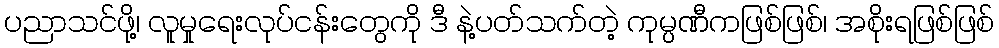
ပညာသင်ဖို့၊ လူမှုရေးလုပ်ငန်းတွေကို ဒီ နဲ့ပတ်သက်တဲ့ ကုမ္ပဏီကဖြစ်ဖြစ်၊ အစိုးရဖြစ်ဖြစ်